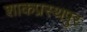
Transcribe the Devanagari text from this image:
शाकप्रस्थपुर